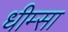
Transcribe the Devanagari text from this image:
धीम्सा